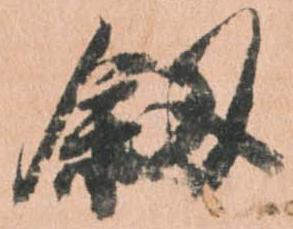
釼